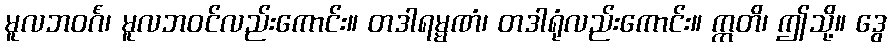
မူလဘဝင်္ဂံ၊ မူလဘဝင်လည်းကောင်း။ တဒါရမ္မဏံ၊ တဒါရုံလည်းကောင်း။ ဣတိ၊ ဤသို့။ ဒွေ